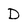
Character: D